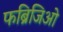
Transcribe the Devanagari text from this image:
फब्रिजिओ